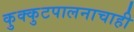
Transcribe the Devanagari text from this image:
कुक्कुटपालनाचाही